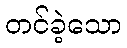
တင်ခဲ့သော